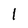
Character: I